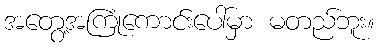
အတွေ့အကြုံကောင်းပေါ်မှာ မတည်ဘူး။